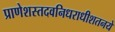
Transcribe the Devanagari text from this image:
प्राणेशस्तदवनिधराधीशतनये